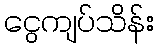
ငွေကျပ်သိန်း